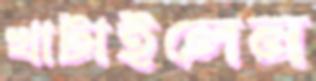
খাটাইলেন